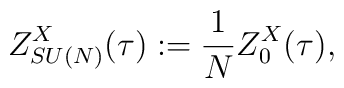
Z_{SU(N)}^X(\tau):= \frac{1}{N} Z_0^X(\tau),